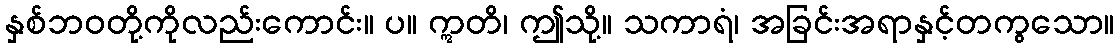
နှစ်ဘဝတို့ကိုလည်းကောင်း။ ပ။ ဣတိ၊ ဤသို့။ သကာရံ၊ အခြင်းအရာနှင့်တကွသော။